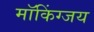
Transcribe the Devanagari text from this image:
मॉकिंग्जय